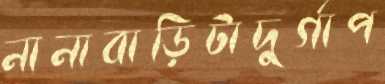
নানাবাড়িটাদুর্গাপ